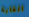
الغابة